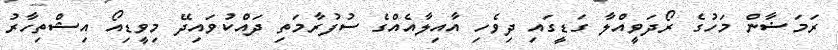
ރަމަޟާން މަހުގެ ރޯދަވީއްލާ ގަޑީގައި ދިވެހި އާއިލާއެއްގެ ސުފުރާމަތި ދައްކުވައިދޭ މިވީޑިއޯ އިޝްތިހާރު